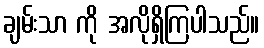
ချမ်းသာ ကို အလိုရှိကြပါသည်။